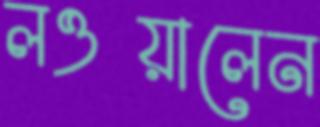
লওয়ালেন